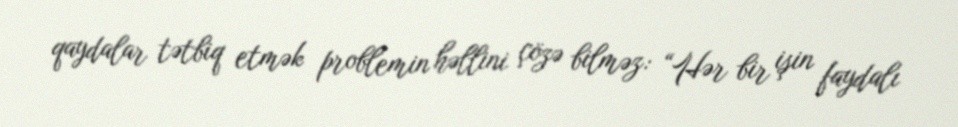
qaydalar tətbiq etmək problemin həllini çözə bilməz: “Hər bir işin faydalı